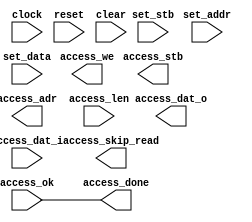
module custom_engine_rx
#(
    parameter BUF_SIZE = 10
)
(
    input clock, input reset, input clear,
    input set_stb, input [7:0] set_addr, input [31:0] set_data,
    output access_we,
    output access_stb,
    input access_ok,
    output access_done,
    output access_skip_read,
    output [BUF_SIZE-1:0] access_adr,
    input [BUF_SIZE-1:0] access_len,
    output [35:0] access_dat_o,
    input [35:0] access_dat_i
);
    assign access_done = access_ok;
endmodule